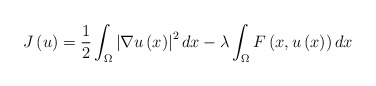
\begin{align*}J\left( u\right) =\frac{1}{2}\int_{\Omega }\left\vert \nabla u\left(x\right) \right\vert ^{2}dx-\lambda \int_{\Omega }F\left( x,u\left( x\right)\right) dx \end{align*}